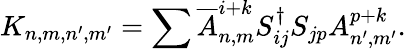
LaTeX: K_{n,m,n^{\prime},m^{\prime}}=\sum\overline{{{A}}}_{n,m}^{i+k}S_{ij}^{\dagger}S_{jp}A_{n^{\prime},m^{\prime}}^{p+k}.